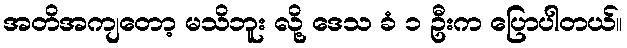
အတိအကျတော့ မသိဘူး လို့ ဒေသ ခံ ၁ ဦးက ပြောပါတယ်။